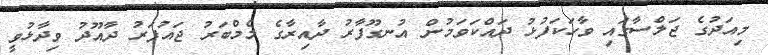
މިއަދުގެ ޖަލްސާގައި ވާހަކަފުޅު ދައްކަވަމުން އުނގޫފާރު ދާއިރާގެ މެމްބަރު ޖައުފަރު ދާއޫދު ވިދާޅުވީ